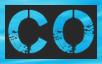
CO